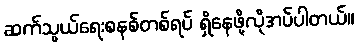
ဆက်သွယ်ရေးစနစ်တစ်ရပ် ရှိနေဖို့လိုအပ်ပါတယ်။